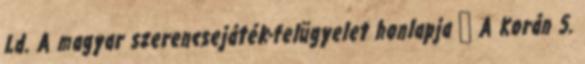
Ld. A magyar szerencsejáték-felügyelet honlapja ↑ A Korán 5.